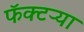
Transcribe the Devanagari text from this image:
फॅक्टऱ्या